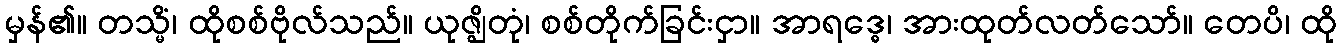
မှန်၏။ တသ္မိံ၊ ထိုစစ်ဗိုလ်သည်။ ယုဇ္ဈိတုံ၊ စစ်တိုက်ခြင်းငှာ။ အာရဒ္ဓေ၊ အားထုတ်လတ်သော်။ တေပိ၊ ထို